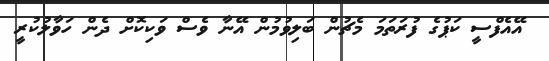
އޭއެފްސީ ކަޕުގެ ފުރަތަމަ މެޗުން ބަލިވުމުން އޭނާ ވެސް ވަކިކޮށް ދެން ހަވާލުުކުރީ